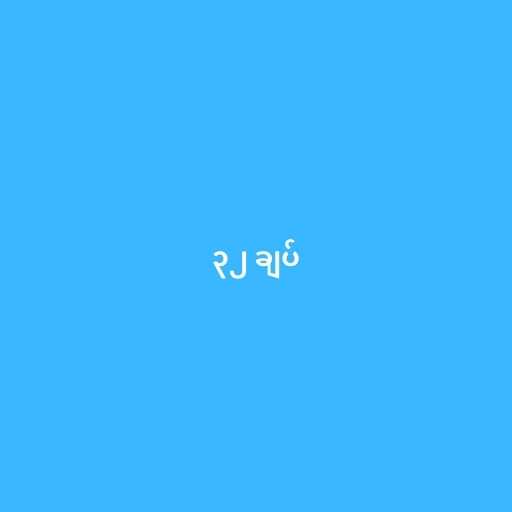
၃၂ ချပ်